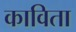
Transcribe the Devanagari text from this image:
काविता